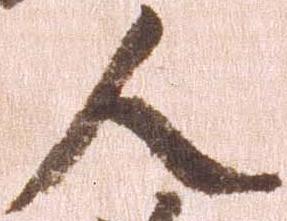
人